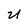
Character: U